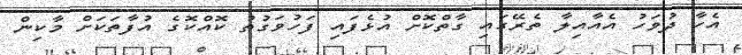
އެހާ ދުވަހު އެއާއިލާ ތެރޭގައި ގާތްކޮށް އުޅެފައި ފަހުވަގުތު ކޮއްކޮގެ އުފާތަކަށް މާކިން